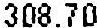
308.70